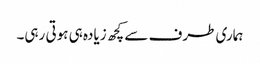
ہماری طرف سے کچھ زیادہ ہی ہوتی رہی۔